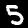
Digit: 5